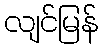
လျင်မြန်